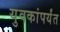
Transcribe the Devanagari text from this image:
युवकांपर्यंत